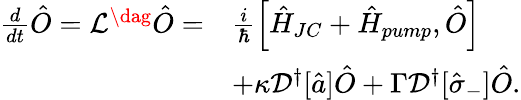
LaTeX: \begin{array}{rl}{\frac{d}{dt}\hat{O}=\mathcal{L}^{\dag}\hat{O}=}&{\frac{i}{\hbar}\left[\hat{H}_{JC}+\hat{H}_{pump},\hat{O}\right]}\\ &{+\kappa{\mathcal{D^{\dagger}}[\hat{a}]\hat{O}}+\Gamma{\mathcal{D^{\dagger}}[\hat{\sigma}_{-}]\hat{O}}.}\end{array}